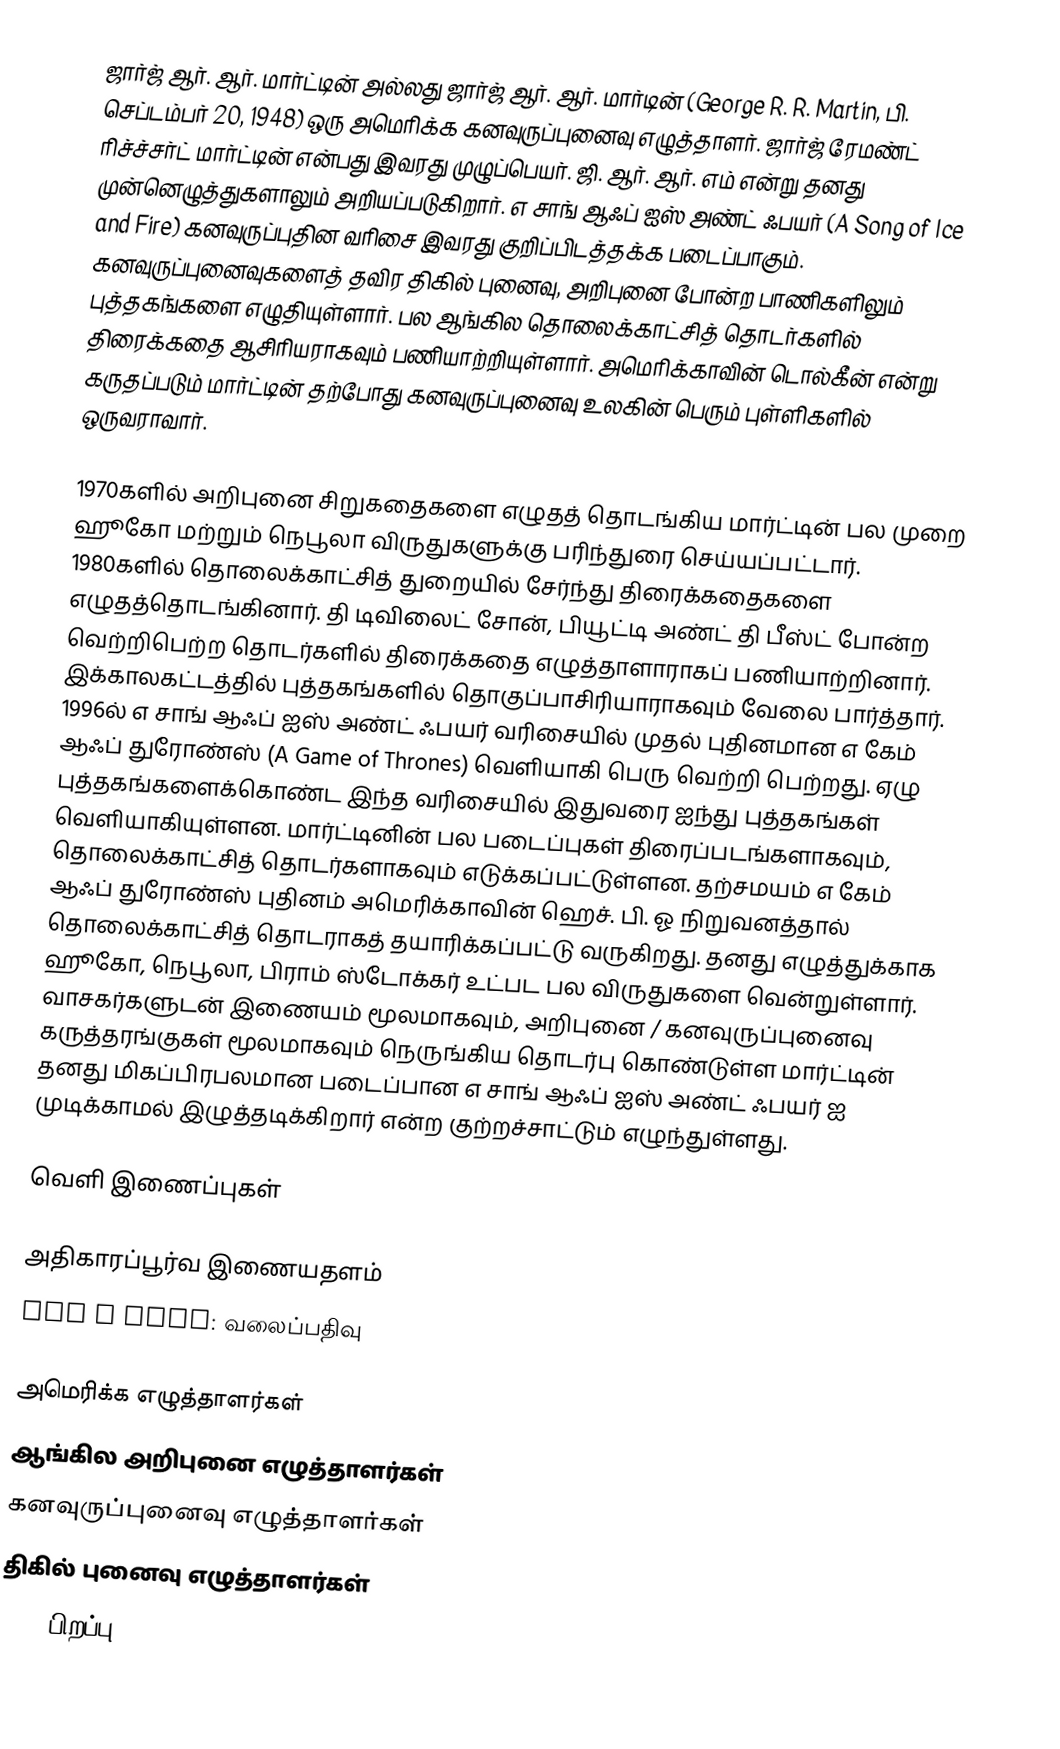
ஜார்ஜ் ஆர். ஆர். மார்ட்டின் அல்லது ஜார்ஜ் ஆர். ஆர். மார்டின் (George R. R. Martin, பி. செப்டம்பர் 20, 1948) ஒரு அமெரிக்க கனவுருப்புனைவு எழுத்தாளர். ஜார்ஜ் ரேமண்ட் ரிச்ச்சர்ட் மார்ட்டின் என்பது இவரது முழுப்பெயர். ஜி. ஆர். ஆர். எம் என்று தனது முன்னெழுத்துகளாலும் அறியப்படுகிறார். எ சாங் ஆஃப் ஐஸ் அண்ட் ஃபயர் (A Song of Ice and Fire) கனவுருப்புதின வரிசை இவரது குறிப்பிடத்தக்க படைப்பாகும். கனவுருப்புனைவுகளைத் தவிர திகில் புனைவு, அறிபுனை போன்ற பாணிகளிலும் புத்தகங்களை எழுதியுள்ளார். பல ஆங்கில தொலைக்காட்சித் தொடர்களில் திரைக்கதை ஆசிரியராகவும் பணியாற்றியுள்ளார். அமெரிக்காவின் டொல்கீன் என்று கருதப்படும் மார்ட்டின் தற்போது கனவுருப்புனைவு உலகின் பெரும் புள்ளிகளில் ஒருவராவார்.

1970களில் அறிபுனை சிறுகதைகளை எழுதத் தொடங்கிய மார்ட்டின் பல முறை ஹூகோ மற்றும் நெபூலா விருதுகளுக்கு பரிந்துரை செய்யப்பட்டார். 1980களில் தொலைக்காட்சித் துறையில் சேர்ந்து திரைக்கதைகளை எழுதத்தொடங்கினார். தி டிவிலைட் சோன், பியூட்டி அண்ட் தி பீஸ்ட் போன்ற வெற்றிபெற்ற தொடர்களில் திரைக்கதை எழுத்தாளாராகப் பணியாற்றினார். இக்காலகட்டத்தில் புத்தகங்களில் தொகுப்பாசிரியாராகவும் வேலை பார்த்தார். 1996ல் எ சாங் ஆஃப் ஐஸ் அண்ட் ஃபயர் வரிசையில் முதல் புதினமான எ கேம் ஆஃப் துரோண்ஸ் (A Game of Thrones) வெளியாகி பெரு வெற்றி பெற்றது. ஏழு புத்தகங்களைக்கொண்ட இந்த வரிசையில் இதுவரை ஐந்து புத்தகங்கள் வெளியாகியுள்ளன. மார்ட்டினின் பல படைப்புகள் திரைப்படங்களாகவும், தொலைக்காட்சித் தொடர்களாகவும் எடுக்கப்பட்டுள்ளன. தற்சமயம் எ கேம் ஆஃப் துரோண்ஸ் புதினம் அமெரிக்காவின் ஹெச். பி. ஓ நிறுவனத்தால் தொலைக்காட்சித் தொடராகத் தயாரிக்கப்பட்டு வருகிறது. தனது எழுத்துக்காக ஹூகோ, நெபூலா, பிராம் ஸ்டோக்கர் உட்பட பல விருதுகளை வென்றுள்ளார். வாசகர்களுடன் இணையம் மூலமாகவும், அறிபுனை / கனவுருப்புனைவு கருத்தரங்குகள் மூலமாகவும் நெருங்கிய தொடர்பு கொண்டுள்ள மார்ட்டின் தனது மிகப்பிரபலமான படைப்பான எ சாங் ஆஃப் ஐஸ் அண்ட் ஃபயர் ஐ முடிக்காமல் இழுத்தடிக்கிறார் என்ற குற்றச்சாட்டும் எழுந்துள்ளது.

வெளி இணைப்புகள்

 அதிகாரப்பூர்வ இணையதளம்
 Not A Blog: வலைப்பதிவு

அமெரிக்க எழுத்தாளர்கள்
ஆங்கில அறிபுனை எழுத்தாளர்கள்
கனவுருப்புனைவு எழுத்தாளர்கள்
திகில் புனைவு எழுத்தாளர்கள்
1948 பிறப்பு